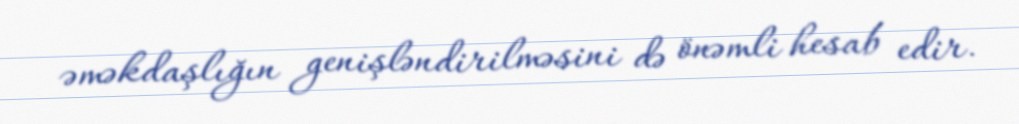
əməkdaşlığın genişləndirilməsini də önəmli hesab edir.